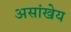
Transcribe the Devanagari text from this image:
असांखेय